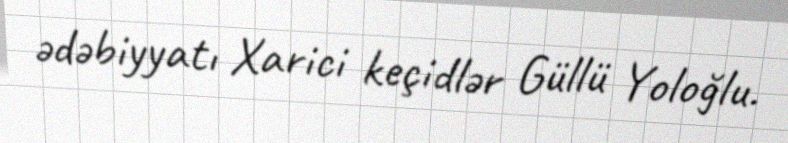
ədəbiyyatı Xarici keçidlər Güllü Yoloğlu.